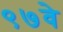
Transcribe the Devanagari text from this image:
९७वे